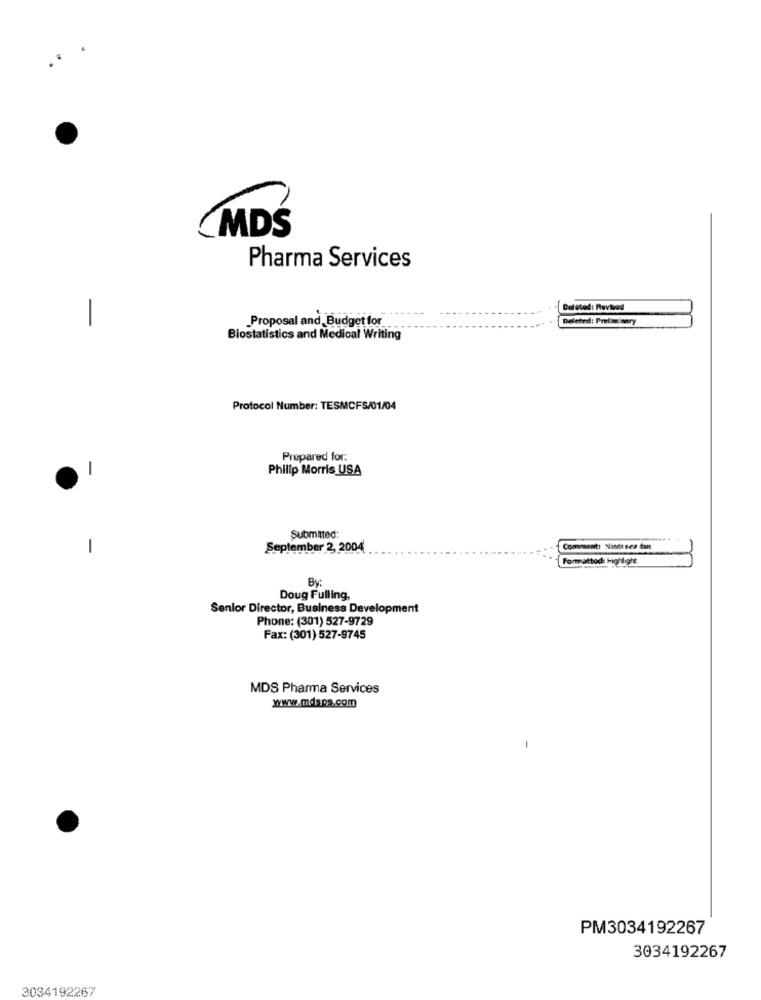
MDS
Pharma Services
-
Deleted: Revised
Proposal and Budget for
Deleted: Preliminary
Biostatistics and Medical Writing
Protocol Number: TESMCFS/01/04
Prepared for.
Philip Morris USA
Submitted:
-
September 2, 2004
Comment: Nabit sea dun
-
Formatted Highlight
By:
Doug Fulling,
Senior Director, Business Development
Phone: (301) 527-9729
Fax: (301) 527-9745
MDS Pharma Services
www.mdsps.com
PM3034192267
3034192267
3034192267